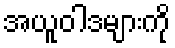
အယူဝါဒများကို